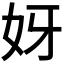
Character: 𫰎